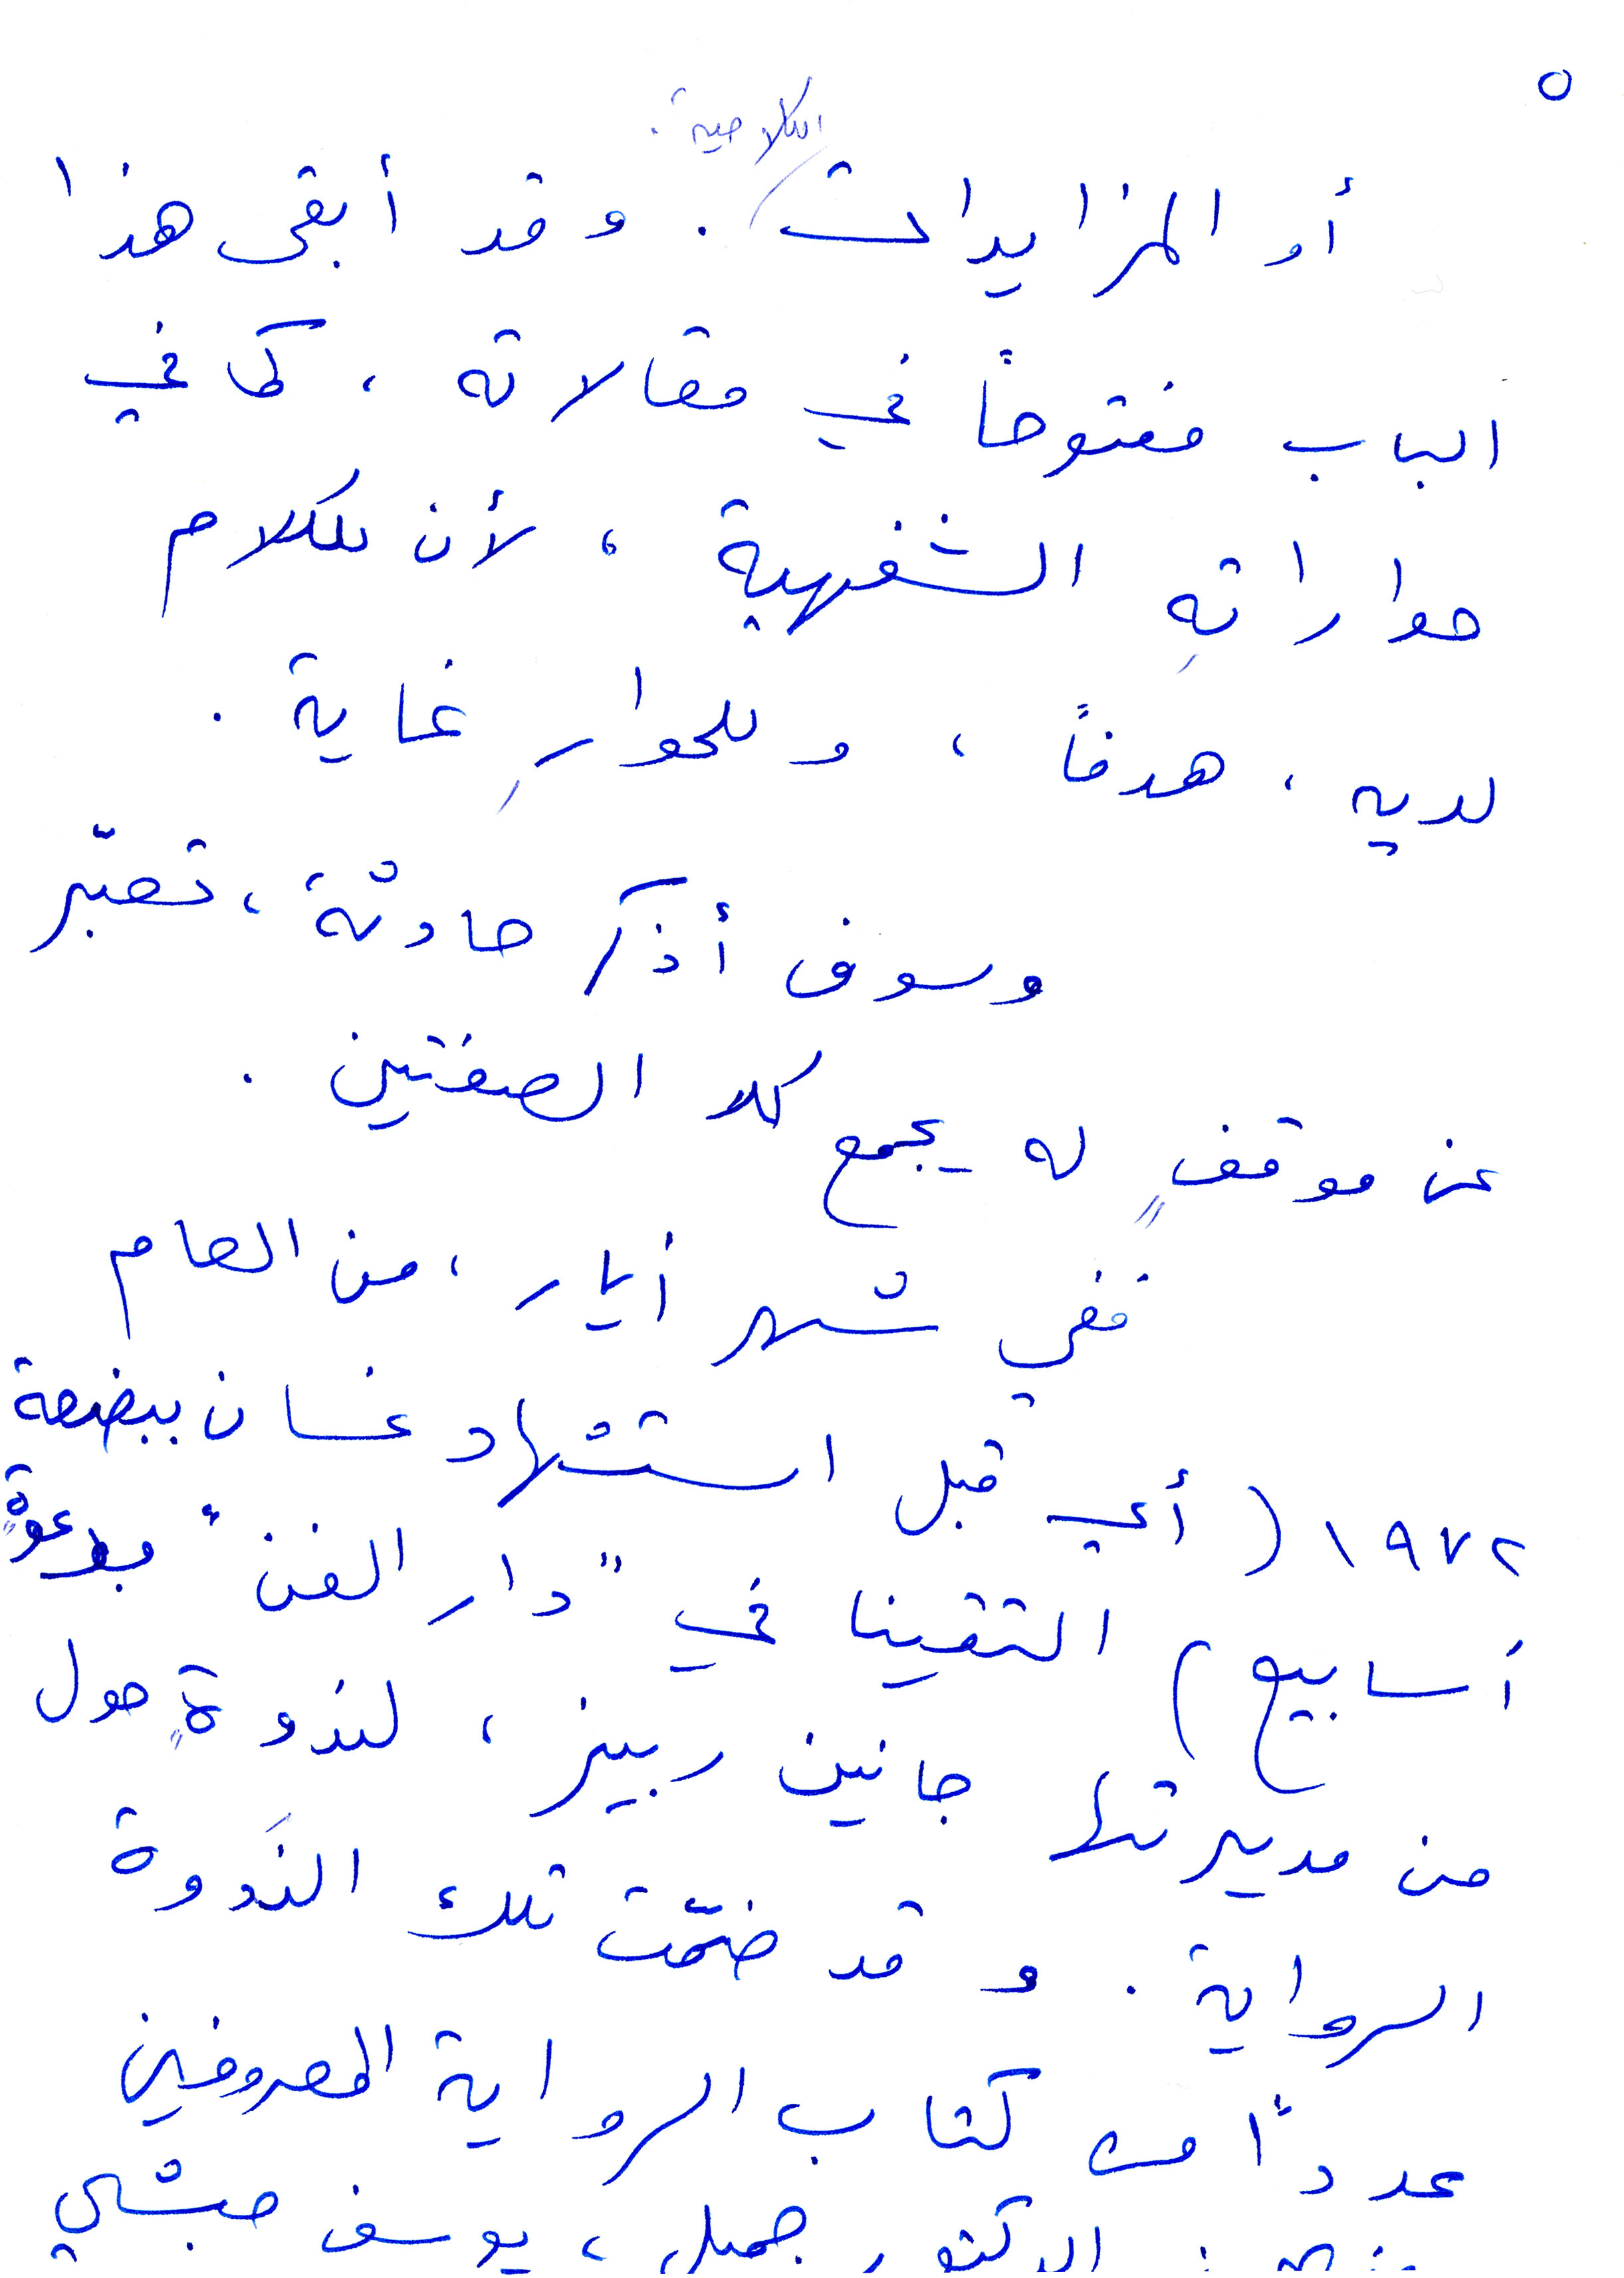
او المزايدات. وقد ابقى هذا
الباب مفتوحًا في مقالاته. كما في
حواراته الشفهية، لأن للكلام
لديه، هدفًا، وللحوار غاية.
وسوف أذكر حادثة، تعبّر
عن موقف له يجمع كلا الصفتين.
ففي شهر أيار، من العام
١۹٧٢ (أي قبل استشهاد غسان ببضعة
أسابيع) التقينا في "دار الفن" بدعوة
 من مديرتها جانين ربيز، لندوة حول
الرواية. وقد ضمّت تلك الندوة
عددًا من كتاب الرواية المعروفين
جميل، يوسف حبشي